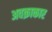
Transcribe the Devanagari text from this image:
अवक्राकार